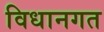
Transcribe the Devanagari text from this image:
विधानगत